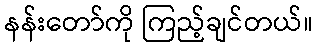
နန်းတော်ကို ကြည့်ချင်တယ်။